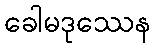
ခေါမဒုဿေန